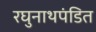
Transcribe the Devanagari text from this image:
रघुनाथपंडित